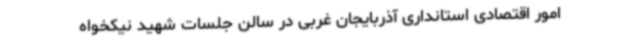
امور اقتصادی استانداری آذربایجان غربی در سالن جلسات شهید نیکخواه